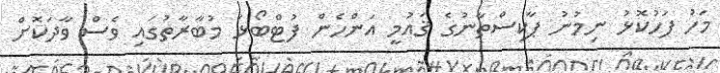
މަހު ފަހުކޮޅު ނިމުނު ޕާކިސްތާނުގެ ޤައުމީ އަންހެން ފުޓްބޯޅަ މުބާރާތުގައި ވެސް ވާދަކޮށް